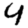
Digit: 4